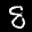
Label: 8